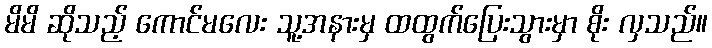
မိမိ ဆိုသည့် ကောင်မလေး သူ့အနားမှ ထထွက်ပြေးသွားမှာ စိုး လှသည်။